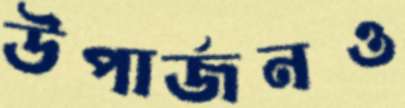
উপার্জনও